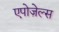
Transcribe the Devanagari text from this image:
एपोज़ेल्स